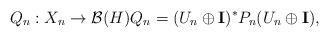
LaTeX: \begin{align*}Q_n: X_n \to \mathcal B(H) Q_n = (U_n \oplus \mathbf I)^*P_n(U_n \oplus \mathbf I),\end{align*}